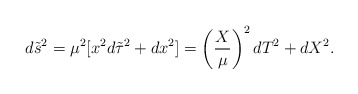
\begin{align*}d\tilde{s}^2=\mu^2[x^2d\tilde{\tau}^2+dx^2]=\left({X\over\mu}\right)^2dT^2+dX^2 .\end{align*}